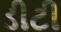
ડીટી